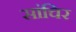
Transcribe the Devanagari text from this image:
सांचिर